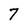
Character: 7